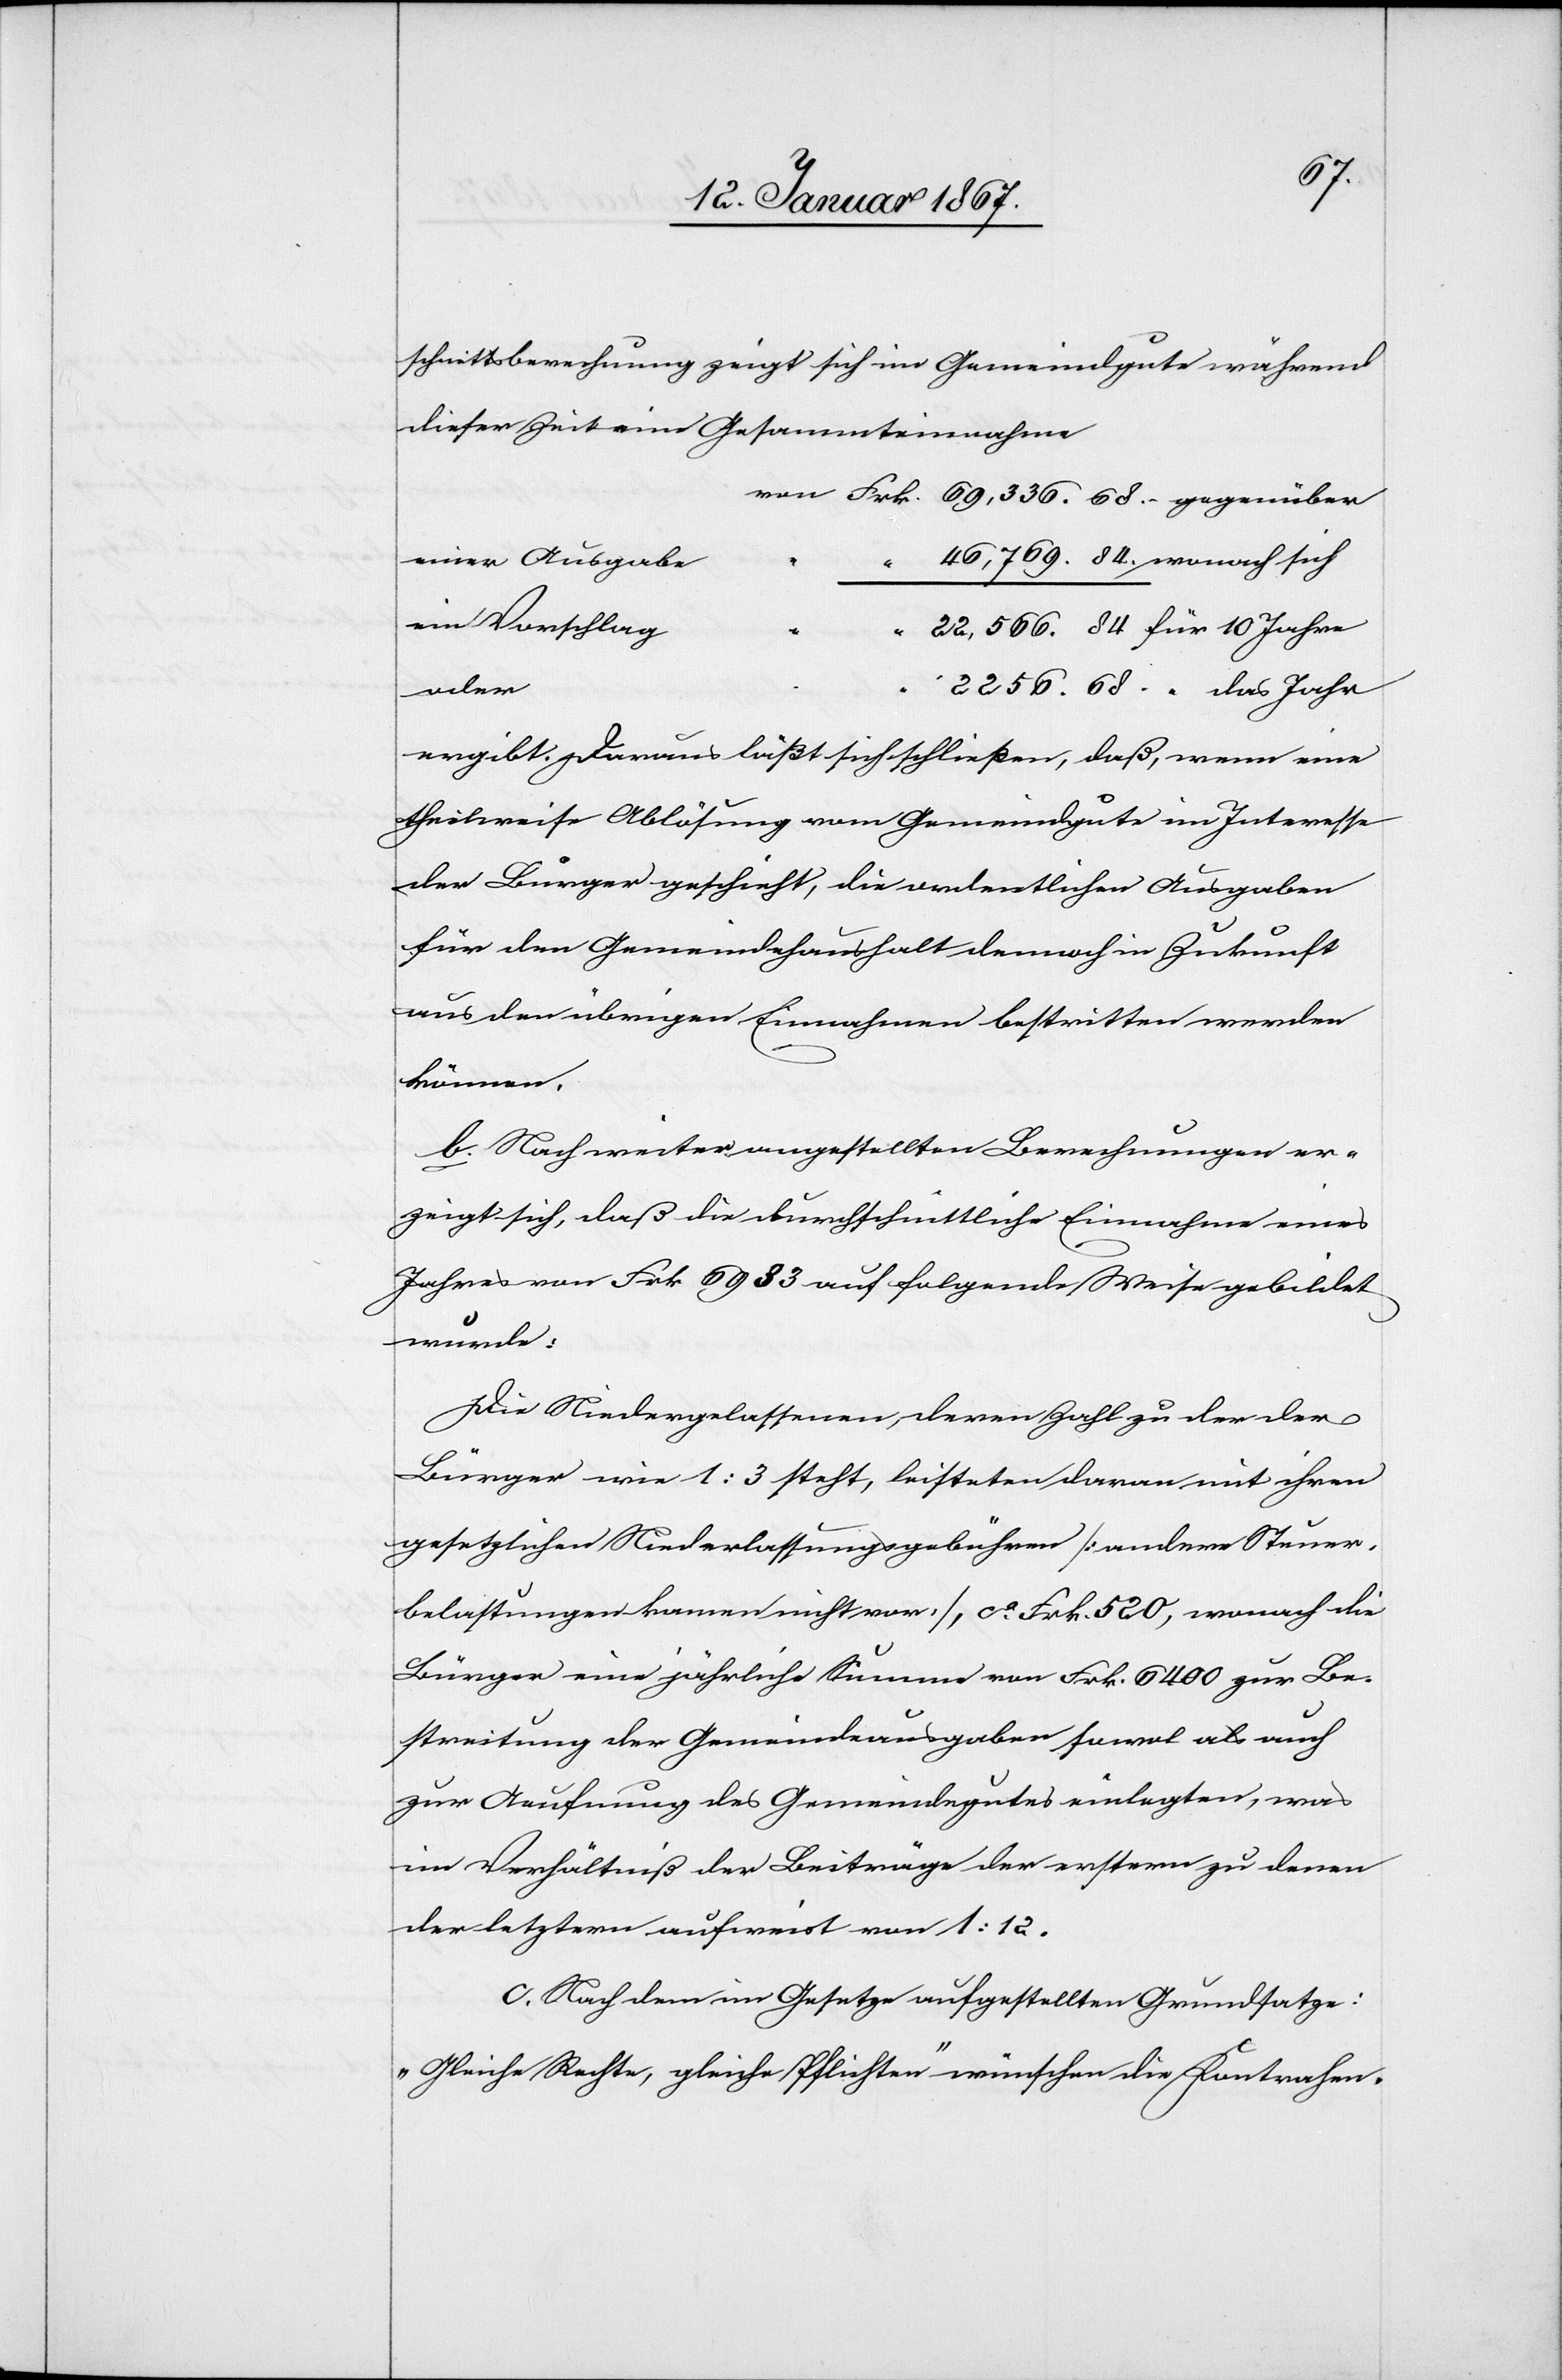
schnittsberechnung zeigt sich im Gemeindgute während
dieser Zeit eine Gesammteinnahme
von Frk. 	69,336.68.– gegenüber
‟	‟		46,769.84.– wonach sich
ein Vorschlag
‟	‟		22,566.84 für 10 Jahre
2256.65. ‟ das Jahr
ergibt. Daraus läßt sich schließen, daß, wenn eine
theilweise Ablösung vom Gemeindgute im Interesse
der Bürger geschieht, die ordentlichen Ausgaben
für den Gemeindehaushalt demnach in Zukunft
aus den übrigen Einnahmen bestritten werden
können.
b. Nach weiter angestellten Berechnungen er¬
zeigt sich, daß die durchschnittliche Einnahme eines
Jahres von Frk 6933 auf folgende Weise gebildet
wurde:
Die Niedergelassenen, deren Zahl zu der der
Bürger wie 1:3 steht, leisteten daran mit ihren
gesetzlichen Niederlassungsgebühren [andere Steuer¬
belastungen kommen nicht vor], ca Frk. 520, wonach die
Bürger eine jährliche Summe von Frk. 6400 zur Be¬
streitung der Gemeindeausgaben sowohl als auch
zur Aeufnung des Gemeindegutes einlegten, was
ein Verhältniß der Beiträge der erstern zu deren
der letzern aufweist von 1:12.
c. Nach dem im Gesetze aufgestellten Grundsatze:
„Gleiche Rechte, gleiche Pflichten“ wünschen die Kontrahen-